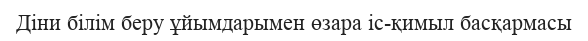
Діни білім беру ұйымдарымен өзара іс-қимыл басқармасы